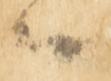
候